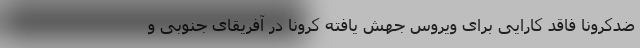
ضدکرونا فاقد کارایی برای ویروس جهش یافته کرونا در آفریقای جنوبی و